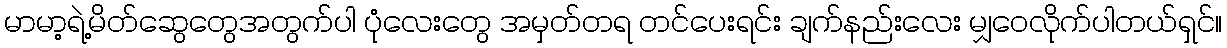
မာမာ့ရဲ့မိတ်ဆွေတွေအတွက်ပါ ပုံလေးတွေ အမှတ်တရ တင်ပေးရင်း ချက်နည်းလေး မျှဝေလိုက်ပါတယ်ရှင်။